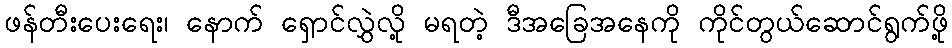
ဖန်တီးပေးရေး၊ နောက် ရှောင်လွှဲလို့ မရတဲ့ ဒီအခြေအနေကို ကိုင်တွယ်ဆောင်ရွက်ဖို့